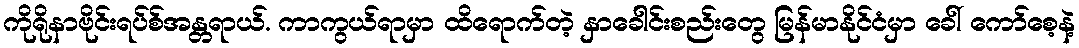
ကိုရိုနာဗိုင်းရပ်စ်အန္တရာယ်. ကာကွယ်ရာမှာ ထိရောက်တဲ့ နှာခေါင်းစည်းတွေ မြန်မာနိုင်ငံမှာ ခေါ် ကော်စေ့နဲ့